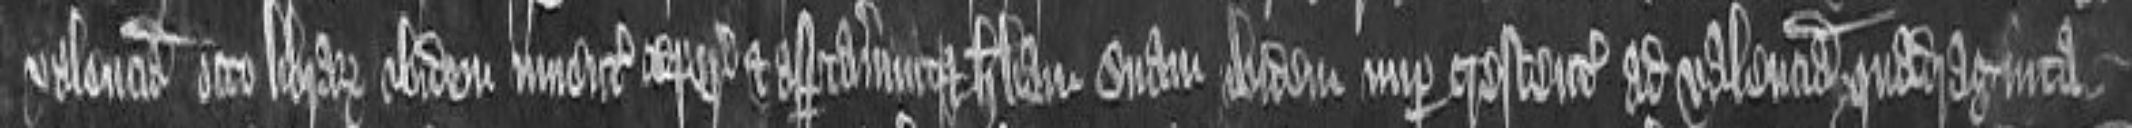
valenciam octo librarum ibidem inventa ceperunt et asportaverunt et herbam suam ibidem nuper crescentem ad valenciam quadraginta